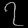
Digit: ၇